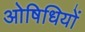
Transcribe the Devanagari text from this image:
ओषिधियों